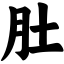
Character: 肚